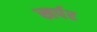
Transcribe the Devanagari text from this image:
खर्पर